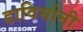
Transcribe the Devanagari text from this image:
डाविसोनी